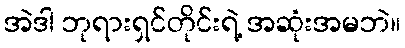
အဲဒါ ဘုရားရှင်တိုင်းရဲ့ အဆုံးအမဘဲ။